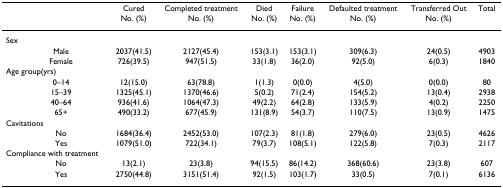
|  | Cured | Completed treatment | Died | Failure | Defaulted treatment | Transferred Out | Total |
 |  | No. (%) | No. (%) | No. (%) | No. (%) | No. (%) | No. (%) |  |
 | --- | --- | --- | --- | --- | --- | --- | --- |
 | Sex |  |  |  |  |  |  |  |
 | Male | 2037(41.5) | 2127(45.4) | 153(3.1) | 153(3.1) | 309(6.3) | 24(0.5) | 4903 |
 | Female | 726(39.5) | 947(51.5) | 33(1.8) | 36(2.0) | 92(5.0) | 6(0.3) | 1840 |
 | Age group(yrs) |  |  |  |  |  |  |  |
 | 0–14 | 12(15.0) | 63(78.8) | 1(1.3) | 0(0.0) | 4(5.0) | 0(0.0) | 80 |
 | 15–39 | 1325(45.1) | 1370(46.6) | 5(0.2) | 71(2.4) | 154(5.2) | 13(0.4) | 2938 |
 | 40–64 | 936(41.6) | 1064(47.3) | 49(2.2) | 64(2.8) | 133(5.9) | 4(0.2) | 2250 |
 | 65+ | 490(33.2) | 677(45.9) | 131(8.9) | 54(3.7) | 110(7.5) | 13(0.9) | 1475 |
 | Cavitations |  |  |  |  |  |  |  |
 | No | 1684(36.4) | 2452(53.0) | 107(2.3) | 81(1.8) | 279(6.0) | 23(0.5) | 4626 |
 | Yes | 1079(51.0) | 722(34.1) | 79(3.7) | 108(5.1) | 122(5.8) | 7(0.3) | 2117 |
 | Compliance with treatment |  |  |  |  |  |  |  |
 | No | 13(2.1) | 23(3.8) | 94(15.5) | 86(14.2) | 368(60.6) | 23(3.8) | 607 |
 | Yes | 2750(44.8) | 3151(51.4) | 92(1.5) | 103(1.7) | 33(0.5) | 7(0.1) | 6136 |